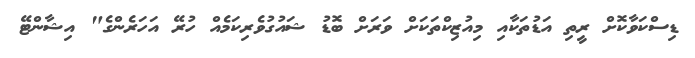
ޑިސްކަވާކޮށް ރީތި އަޑުތަކާއި މިއުޒިކްތަކަށް ވަރަށް ބޮޑު ޝައުގުވެރިކަމެއް ހުރޭ އަހަރެންގެ" އިޝާންޓޭ